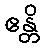
ဧန္တိ